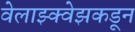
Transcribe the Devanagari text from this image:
वेलाझ्क्वेझकडून